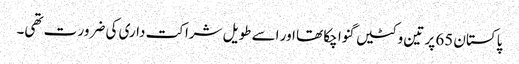
پاکستان 65 پر تین وکٹیں گنوا چکا تھا اور اسے طویل شراکت داری کی ضرور ت تھی۔